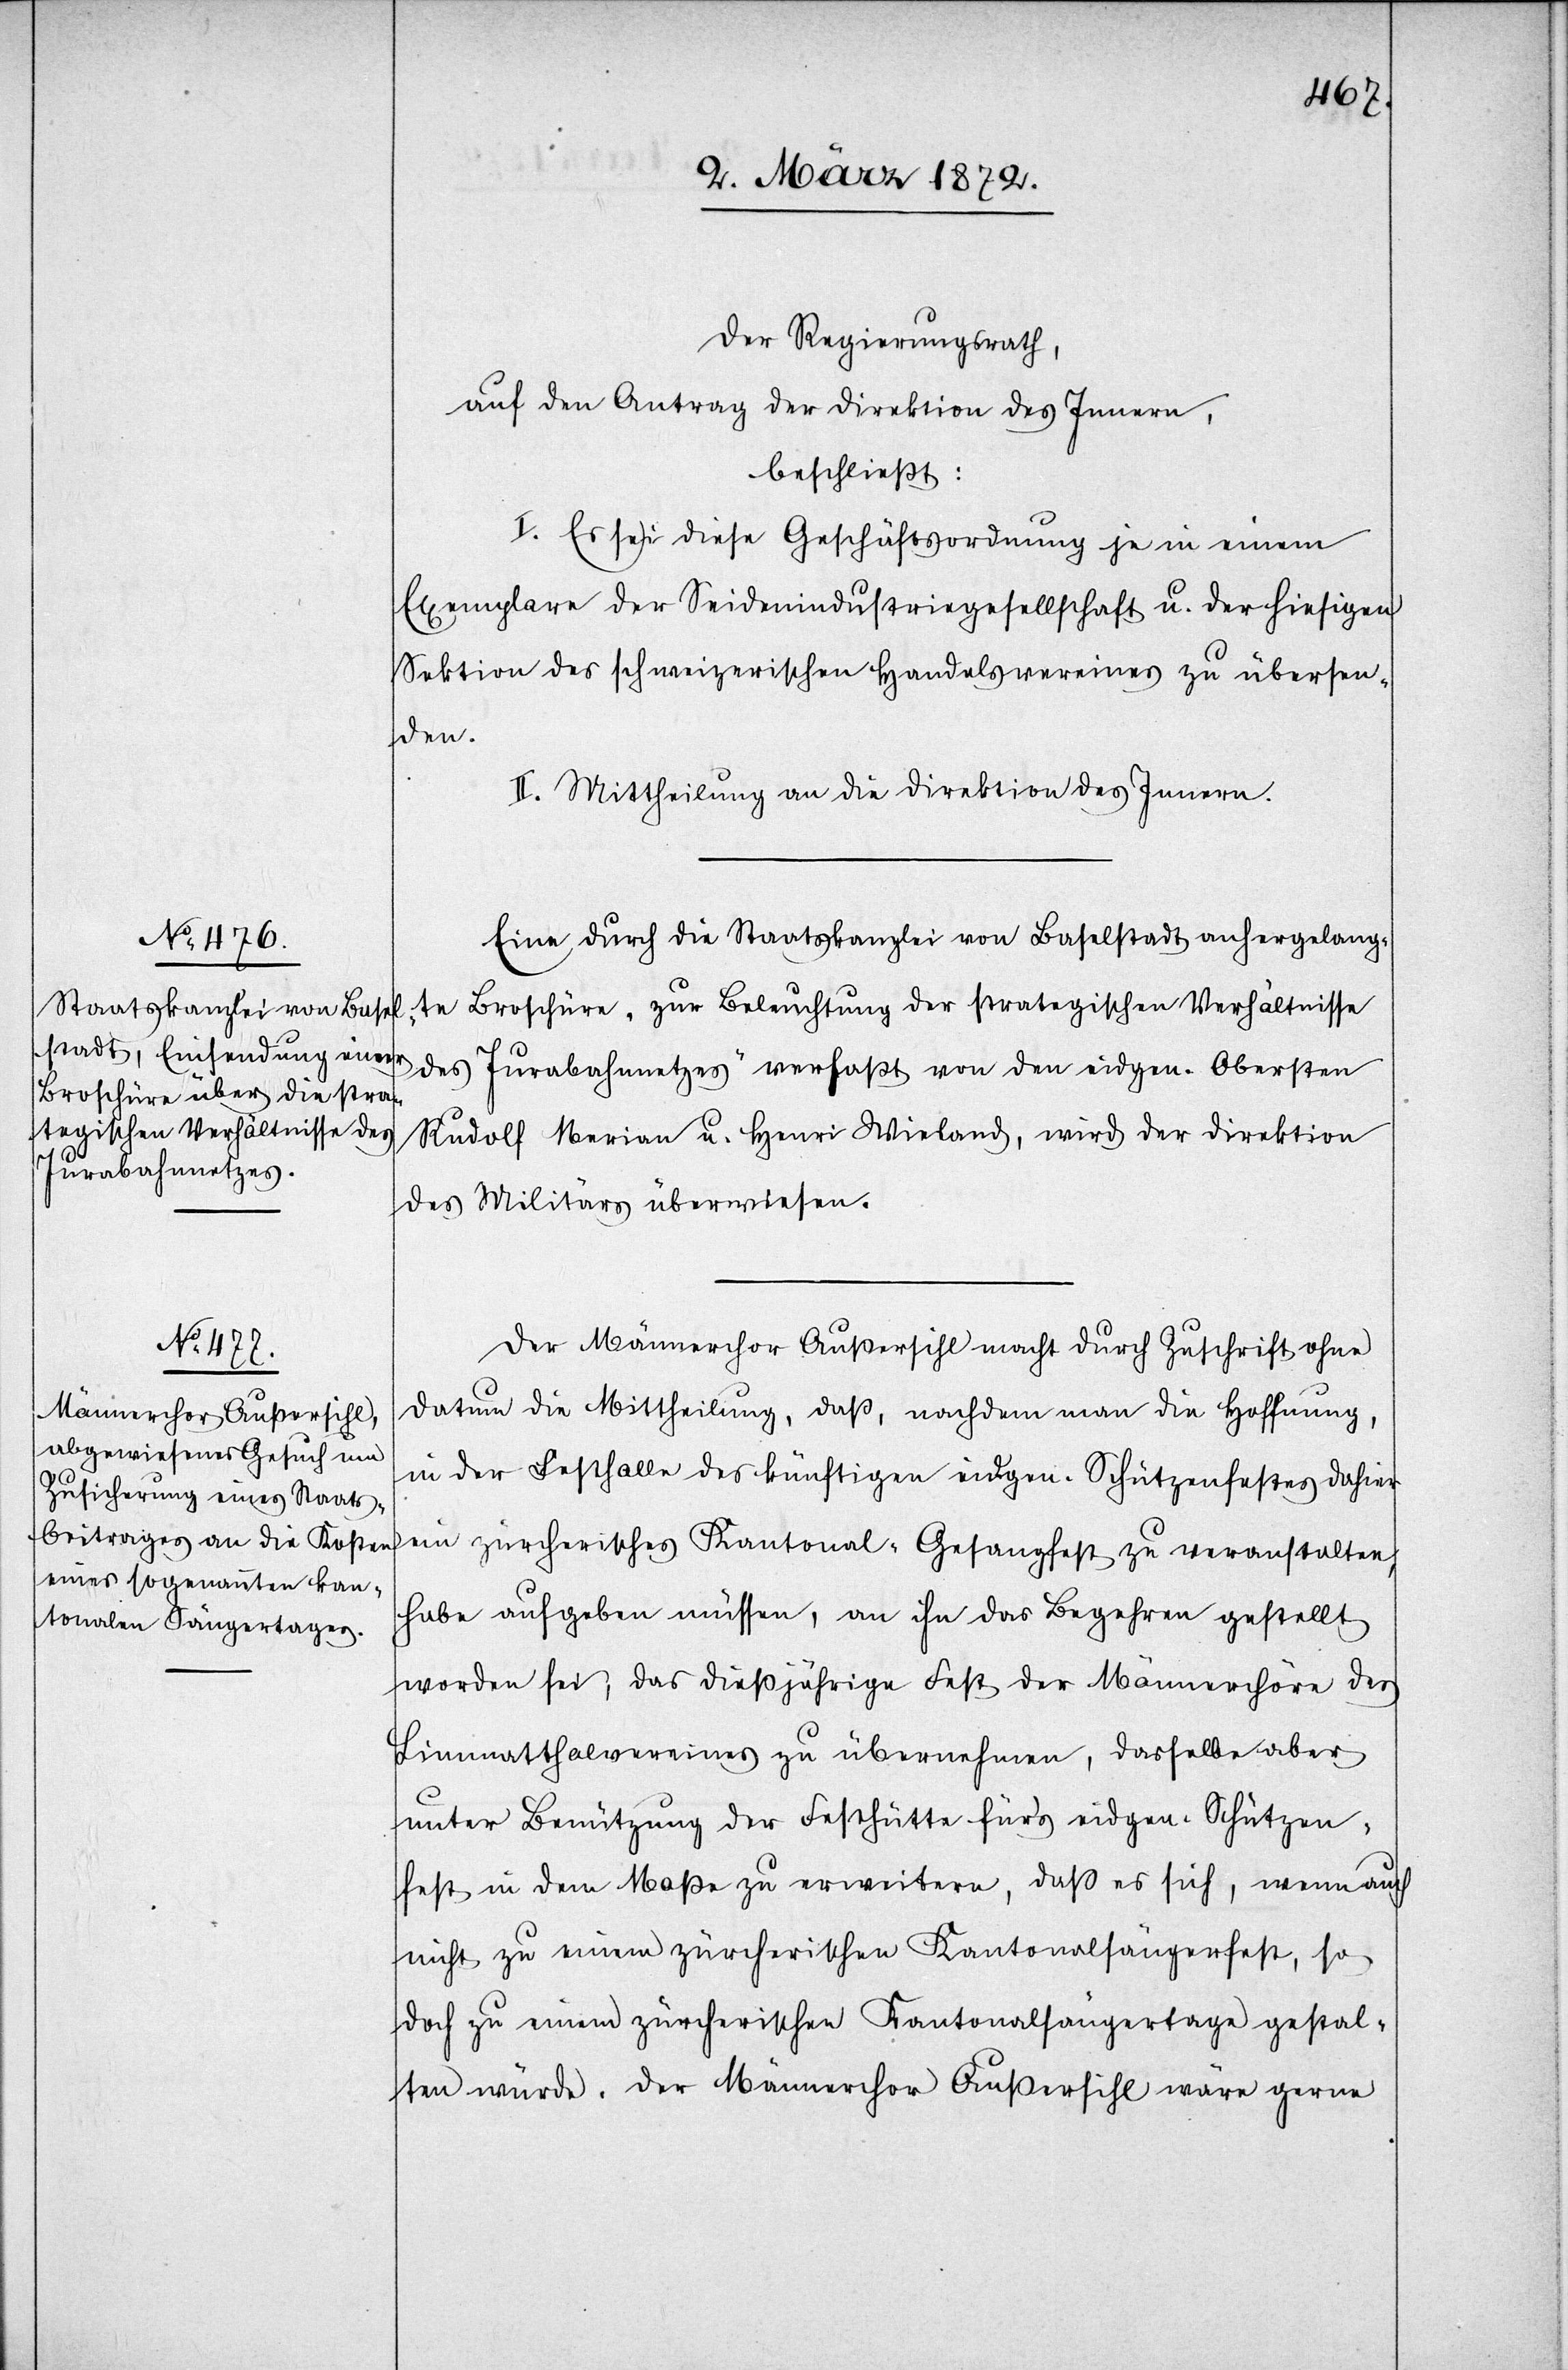
Eine durch die Staatskanzlei von Baselstadt anhergelang¬
te Broschüre „zur Beleuchtung der strategischen Verhältnisse
des Jurabahnnetzes“ verfaßt von den eidgen. Obersten
Rudolf Merian u. Henri Wieland, wird der Direktion
des Militärs überwiesen.
Der Männerchor Außersihl macht durch Zuschrift ohne
Datum die Mittheilung, daß, nachdem man die Hoffnung,
in der Festhalle des künftigen eidgen. Schützenfestes dahier
ein zürcherisches Kantonal-Gesangfest zu veranstalten,
habe aufgeben müssen, an ihn das Begehren gestellt
worden sei, das dießjährige Fest der Männerchöre des
Limmatthalvereines zu übernehmen, dasselbe aber
unter Benützung der Festhütte für’s eidgen. Schützen¬
fest in dem Maße zu erweitern, daß es sich, wenn auch
nicht zu einem zürcherischen Kantonalsängerfest, so
doch zu einem zürcherischen Kantonalsängertage gestal¬
ten würde. Der Männerchor Außersihl wäre gerne